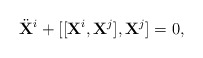
\begin{align*}\ddot{\bf X}^i + [[{\bf X}^i,{\bf X}^j],{\bf X}^j] = 0,\end{align*}